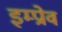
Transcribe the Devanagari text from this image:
इम्प्रोव